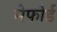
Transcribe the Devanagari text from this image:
मेफोर्ड